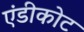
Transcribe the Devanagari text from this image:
एंडीकोट